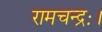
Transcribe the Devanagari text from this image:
रामचन्द्रः।